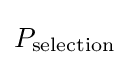
P_{\mathrm {selection} }